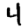
Digit: 4